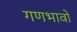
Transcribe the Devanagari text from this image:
गणभावों